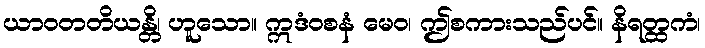
ယာဝတတိယန္တိ၊ ဟူသော။ ဣဒံဝစနံ မေဝ၊ ဤစကားသည်ပင်။ နိရတ္ထကံ၊